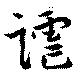
謔